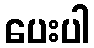
ပေးပါ